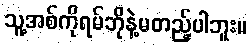
သူ့အစ်ကိုရမ်ဘိုနဲ့မတည့်ပါဘူး။